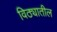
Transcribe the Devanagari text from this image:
विठ्यातील